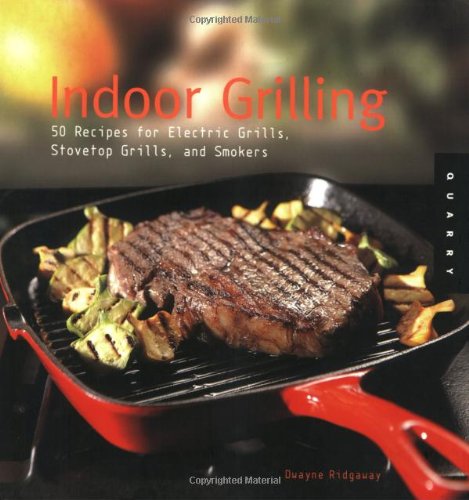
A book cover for Indoor Grilling: 50 Recipes for Electric and Stovetop Grills and Smokers; Dwayne Ridgaway; Cookbooks, Food & Wine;